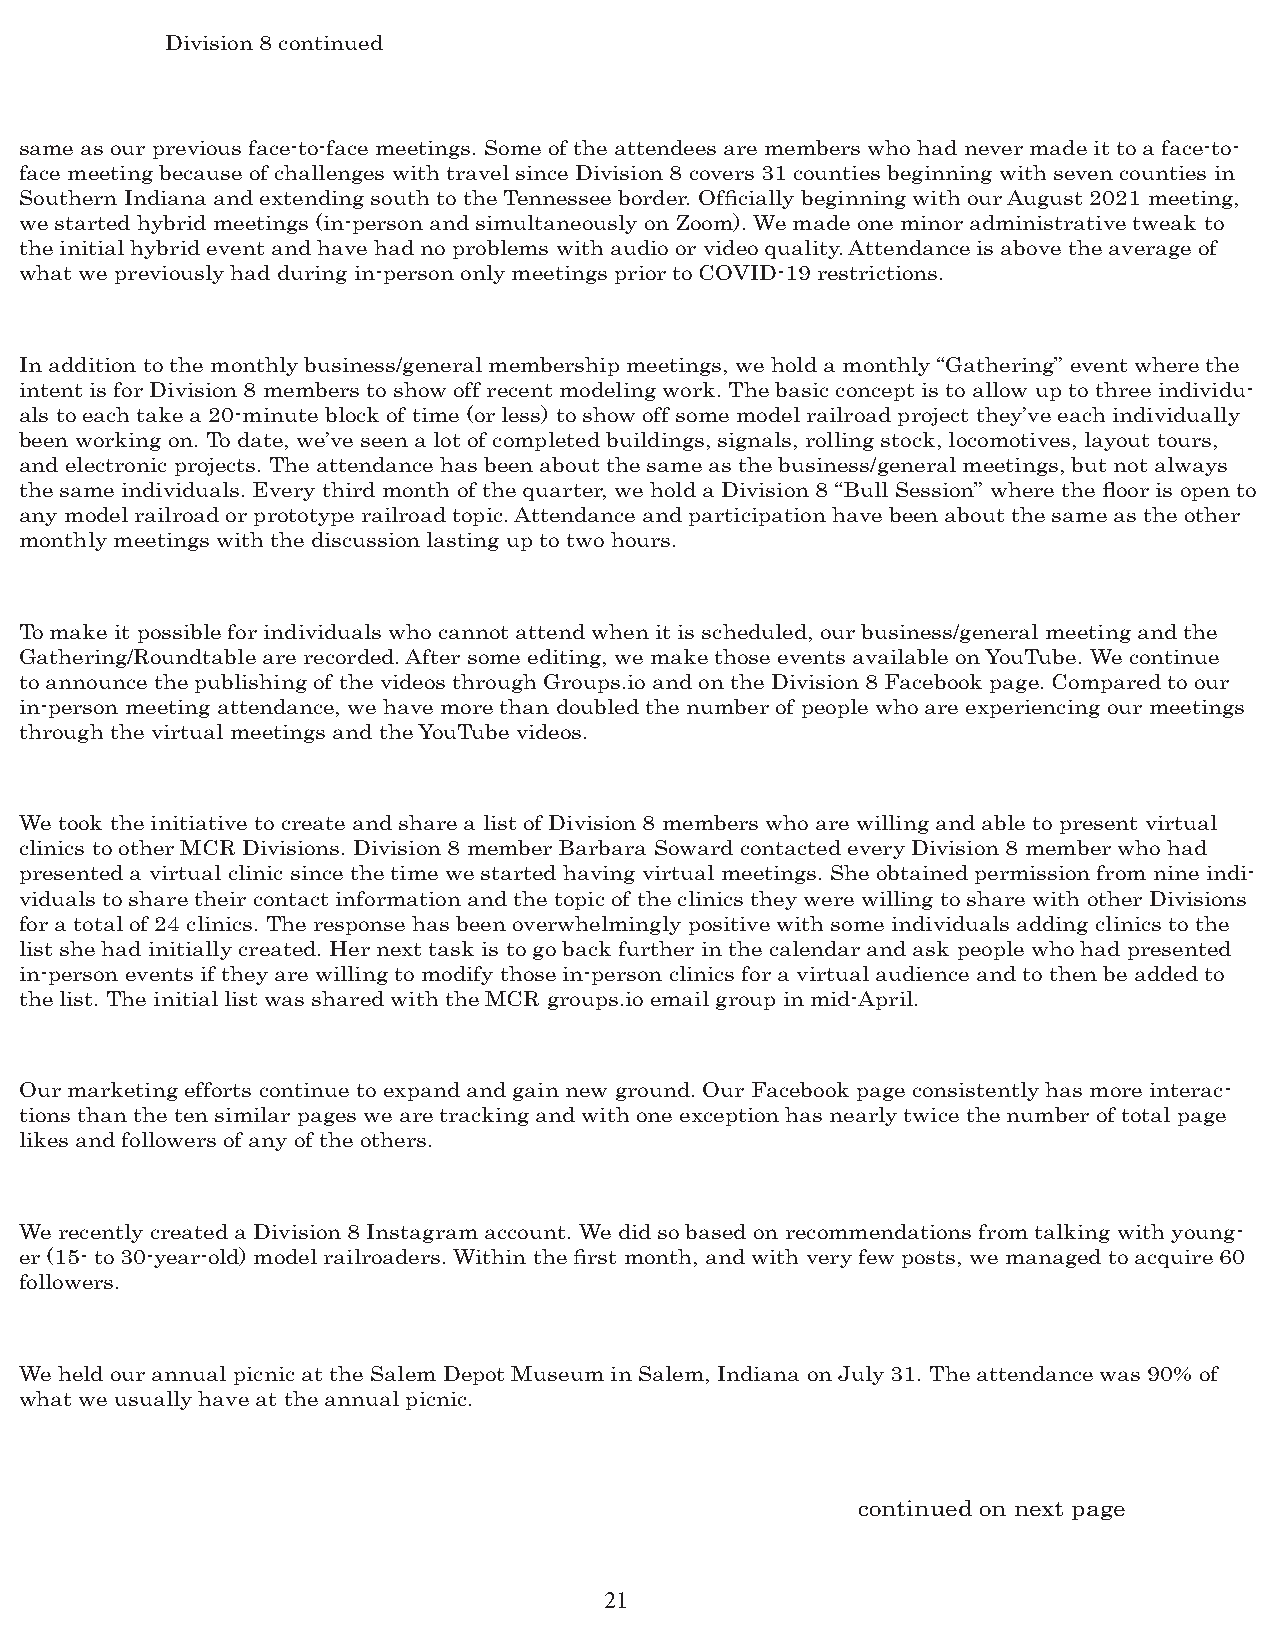
Division 8 continued
 same as our previous face-to-face meetings. Some of the attendees are members who had never made it to a face-to-
 face meeting because of challenges with travel since Division 8 covers 31 counties beginning with seven counties in
 Southern Indiana and extending south to the Tennessee border. Officially beginning with our August 2021 meeting,
 we started hybrid meetings (in-person and simultaneously on Zoom). We made one minor administrative tweak to
 the initial hybrid event and have had no problems with audio or video quality. Attendance is above the average of
 what we previously had during in-person only meetings prior to COVID-19 restrictions.
 In addition to the monthly business/general membership meetings, we hold a monthly “Gathering” event where the
 intent is for Division 8 members to show off recent modeling work. The basic concept is to allow up to three individu-
 als to each take a 20-minute block of time (or less) to show off some model railroad project they’ve each individually
 been working on. To date, we’ve seen a lot of completed buildings, signals, rolling stock, locomotives, layout tours,
 and electronic projects. The attendance has been about the same as the business/general meetings, but not always
 the same individuals. Every third month of the quarter, we hold a Division 8 “Bull Session” where the floor is open to
 any model railroad or prototype railroad topic. Attendance and participation have been about the same as the other
 monthly meetings with the discussion lasting up to two hours.
 To make it possible for individuals who cannot attend when it is scheduled, our business/general meeting and the
 Gathering/Roundtable are recorded. After some editing, we make those events available on YouTube. We continue
 to announce the publishing of the videos through Groups.io and on the Division 8 Facebook page. Compared to our
 in-person meeting attendance, we have more than doubled the number of people who are experiencing our meetings
 through the virtual meetings and the YouTube videos.
 We took the initiative to create and share a list of Division 8 members who are willing and able to present virtual
 clinics to other MCR Divisions. Division 8 member Barbara Soward contacted every Division 8 member who had
 presented a virtual clinic since the time we started having virtual meetings. She obtained permission from nine indi-
 viduals to share their contact information and the topic of the clinics they were willing to share with other Divisions
 for a total of 24 clinics. The response has been overwhelmingly positive with some individuals adding clinics to the
 list she had initially created. Her next task is to go back further in the calendar and ask people who had presented
 in-person events if they are willing to modify those in-person clinics for a virtual audience and to then be added to
 the list. The initial list was shared with the MCR groups.io email group in mid-April.
 Our marketing efforts continue to expand and gain new ground. Our Facebook page consistently has more interac-
 tions than the ten similar pages we are tracking and with one exception has nearly twice the number of total page
 likes and followers of any of the others.
 We recently created a Division 8 Instagram account. We did so based on recommendations from talking with young-
 er (15- to 30-year-old) model railroaders. Within the first month, and with very few posts, we managed to acquire 60
 followers.
 We held our annual picnic at the Salem Depot Museum in Salem, Indiana on July 31. The attendance was 90% of
 what we usually have at the annual picnic.
 continued on next page
 21